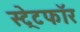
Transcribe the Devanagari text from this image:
स्ट्रेटफॉर